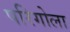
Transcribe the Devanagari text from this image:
परिगोला